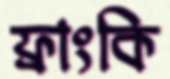
ফ্রাংকি